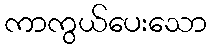
ကာကွယ်ပေးသော